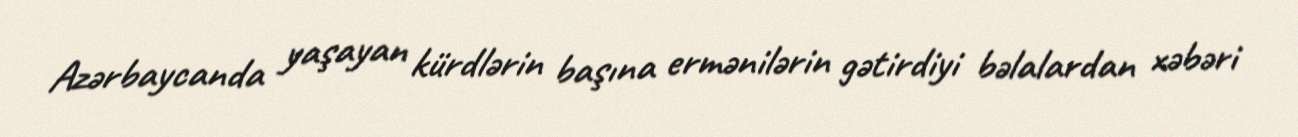
Azərbaycanda yaşayan kürdlərin başına ermənilərin gətirdiyi bəlalardan xəbəri